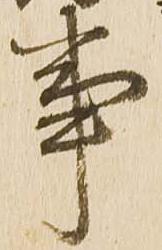
事